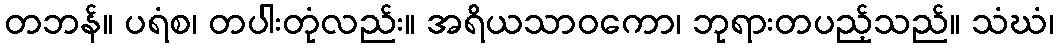
တဘန်။ ပရံစ၊ တပါးတုံလည်း။ အရိယသာဝကော၊ ဘုရားတပည့်သည်။ သံဃံ၊